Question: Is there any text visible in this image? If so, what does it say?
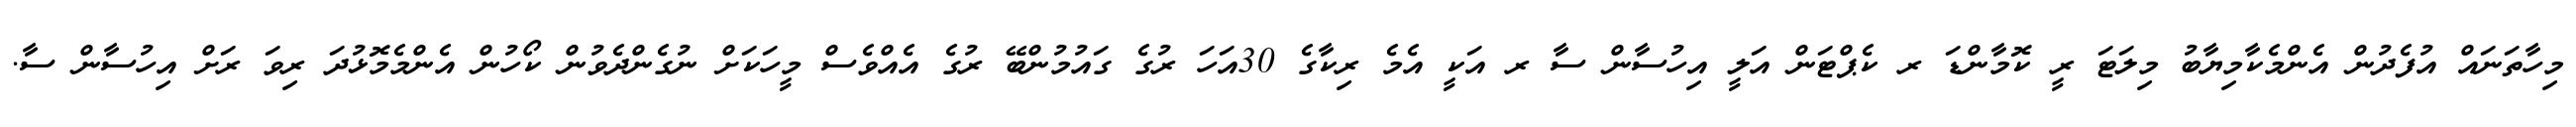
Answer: މިހާތަނައް އުފެދުން އެންމެކާމިޔާބު މިލަޓަ ރީ ކޮމާންޑަ ރ ކެޕްޓަން އަލީ އިހުސާން ސާ ރ އަކީ އެމެ ރިކާގެ 30އަހަ ރުގެ ގައުމުންބޭ ރުގެ އެއްވެސް މީހަކަށް ނުގެންދެވުން ކޯހުން އެންމެމޮޅުދަ ރިވަ ރަށް އިހުސާން ސާ.